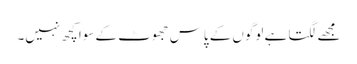
مجھے لگتا ہے لوگوں کے پاس جھوٹ کے سوا کچھ نہیں۔